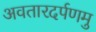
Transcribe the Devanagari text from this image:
अवतारदर्पणमु